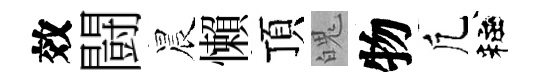
效闘晨懶頂魄物凢粧